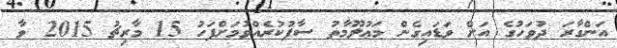
އަންގާރަ ދުވަހުގެ އަށް ވަޑައިގެން މަޢުލޫމާތު ސާފުކުރެއްވުމަށްފަހު 15 މާރިޗު 2015 ވާ